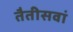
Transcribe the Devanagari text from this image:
तैतीसवां